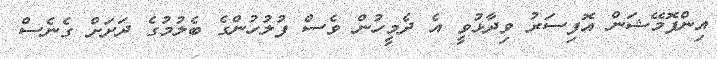
އިންފޮމޭޝަން އޮފިސަރު ވިދާޅުވީ އެ ދެމީހުން ވެސް ފުލުހުންގެ ބެލުމުގެ ދަށަށް ގެނެސް